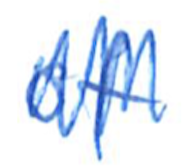
Text: of
Cross-out: zig-zag
Writing tool: ballpoint